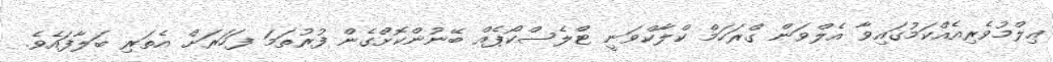
ޢިލްމުވެރިއެއްކަމުގައިވާ އެލްވަން ގްރަހަމް ކްލާކްވަނީ ޓްލެސްކޯޕެއް ބޭނުންކޮށްގެން ފުރުތަމަ ފަހަރަށް އެތަރި ބަލާފައެވެ.